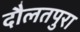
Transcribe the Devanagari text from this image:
दौलतपुरा